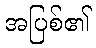
အပြစ်၏